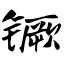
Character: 镢